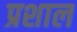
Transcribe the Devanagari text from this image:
प्रशाल